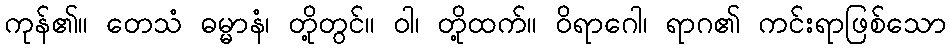
ကုန်၏။ တေသံ ဓမ္မာနံ၊ တို့တွင်။ ဝါ၊ တို့ထက်။ ဝိရာဂေါ၊ ရာဂ၏ ကင်းရာဖြစ်သော